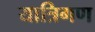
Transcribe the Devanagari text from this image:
यात्रिगण